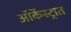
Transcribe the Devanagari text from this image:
ऑर्केस्ट्रात